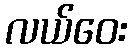
လယ်ဝေး